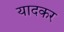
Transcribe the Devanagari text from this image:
यादकर